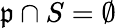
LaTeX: {\mathfrak{p}}\cap S=\emptyset